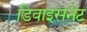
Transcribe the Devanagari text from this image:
डिवाइसनेट